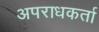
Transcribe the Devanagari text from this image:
अपराधकर्ता